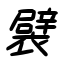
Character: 襞